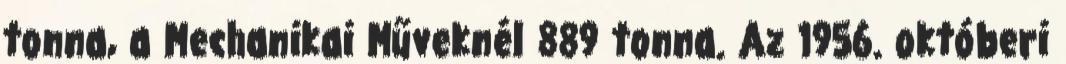
tonna, a Mechanikai Műveknél 889 tonna. Az 1956. októberi